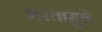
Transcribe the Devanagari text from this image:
भरतामुळे